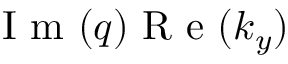
\mathrm { ~ I ~ m ~ } ( q ) \mathrm { ~ R ~ e ~ } ( k _ { y } )